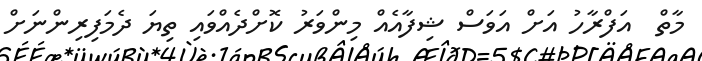
މާތް  އަފްރާހު އަށް އަވަސް ޝިފާއެއް މިންވަރު ކޮށްދެއްވައި ތިޔަ ދެމަފިރިންނަށް